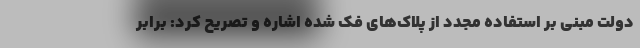
دولت مبنی بر استفاده مجدد از پلاک‌های فک شده اشاره و تصریح کرد: برابر